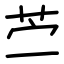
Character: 苎